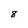
Character: 8